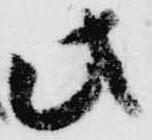
此